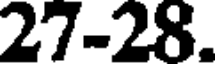
27-28.